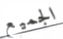
الجميع